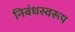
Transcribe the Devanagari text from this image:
निबंधस्वरूप